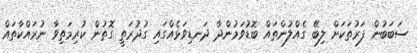
ސަބަބުން ފަރުތަކަށް ލިބޭ ގެއްލުންތައް ބޮޑުވަމުންދާ ދަނޑިވަޅެއްގައި ގުދުރަތީ ގޮތުން ކުރިމަތިވާ ނުރައްކާތައް